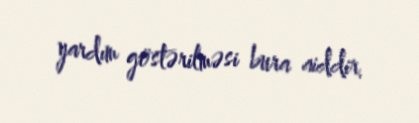
yardım göstərilməsi bura aiddir.